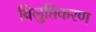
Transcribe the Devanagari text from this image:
विलुप्तिकरण